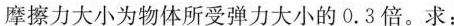
摩擦力大小为物体所受弹力大小的0.3倍。求：